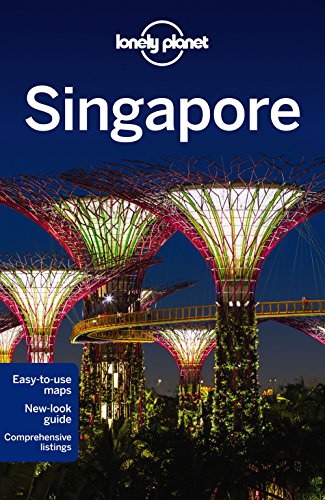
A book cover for Lonely Planet Singapore (Travel Guide); Lonely Planet; Travel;